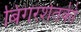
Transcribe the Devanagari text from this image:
बिगरशेतकी